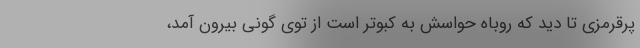
پرقرمزی تا دید که روباه حواسش به کبوتر است از توی گونی بیرون آمد،